Report on vaccination in Madras 1895-1903 - 1895-1903
Year: 1895
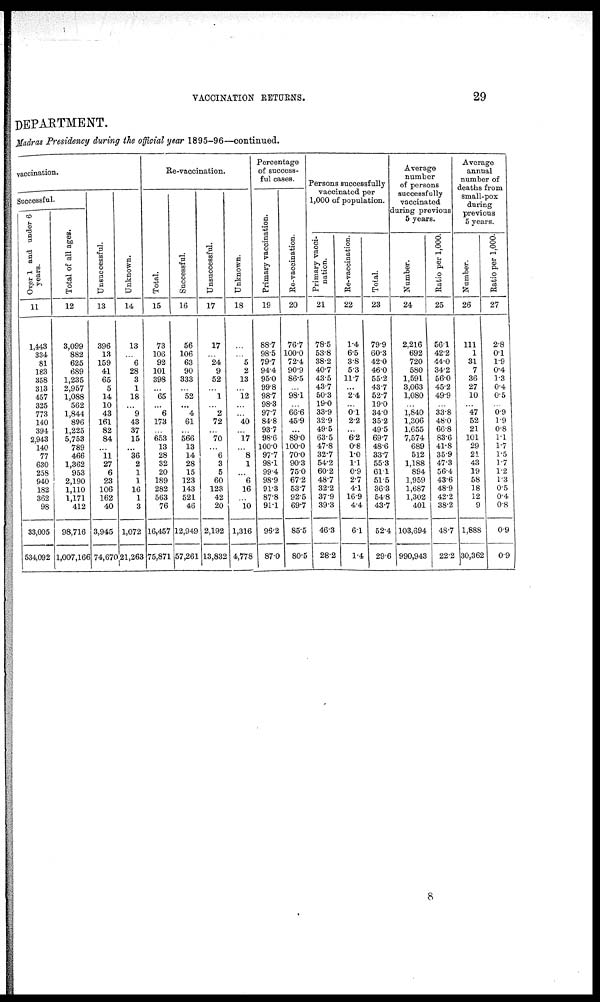
VACCINATION RETURNS.
29
DEPARTMENT.
Madras Presidency during the official year 1895-96—continued.
vaccination.
Successful.
Over 1 and under 6
years.
11
1,443
334
81
183
358
313
457
325
773
140
394
2,943
140
77
630
258
940
182
362
98
33,005
534,092
Total of all ages.
12
3,099
882
625
689
1,235
2,957
1,088
562
1,844
896
1,225
5,753
789
466
1,362
953
2,190
1,110
1,171
412
98,716
1,007,166
Unsuccessful.
13
396
13
159
41
65
5
14
10
43
161
82
84
...
11
27
6
23
106
162
40
3,945
74,670
Unknown.
14
13
...
6
28
3
1
18
...
9
43
37
15
...
36
2
1
1
16
1
3
1,072
21,263
Re-vaccination.
Total.
15
73
106
92
101
398
...
65
...
6
173
...
653
13
28
32
20
189
282
563
76
16,457
75,871
Successful.
16
56
106
63
90
333
...
52
...
4
61
...
566
13
14
28
15
123
143
521
46
12,949
57,261
Unsuccessful.
17
17
...
24
9
52
...
1
...
2
72
...
70
...
6
3
5
60
123
42
20
2,192
13,832
Unknown.
18
...
...
5
2
13
...
12
...
...
40
...
17
...
8
1
...
6
16
...
10
1,316
4,778
Percentage
of success-
ful cases.
Primary vaccination.
19
88.7
98.5
79.7
94.4
95.0
99.8
98.7
98.3
97.7
84.8
93.7
98.6
100.0
97.7
98.1
99.4
98.9
91.3
87.8
91.1
96.2
87.0
Re-vaccination.
20
76.7
100.0
72.4
90.9
86.5
...
98.1
...
66.6
45.9
...
89.0
100.0
70.0
90.3
75.0
67.2
53.7
92.5
69.7
85.5
80.5
Persons successfully
vaccinated per
1,000 of population.
Primary vacci-
nation.
21
78.5
53.8
38.2
40.7
43.5
43.7
50.3
19.0
33.9
32.9
49.5
63.5
47.8
32.7
54.2
60.2
48.7
32.2
37.9
39.3
46.3
28.2
Re-vaccination.
22
1.4
6.5
3.8
5.3
11.7
...
2.4
...
0.1
2.2
...
6.2
0.8
1.0
1.1
0.9
2.7
4.1
16.9
4.4
6.1
1.4
Total.
23
79.9
60.3
42.0
46.0
55.2
43.7
52.7
19.0
34.0
35.2
49.5
69.7
48.6
33.7
55.3
61.1
51.5
36.3
54.8
43.7
52.4
29.6
Average
number
of persons
successfully
vaccinated
during previous
5 years.
Number.
24
2,216
692
720
580
1,591
3,063
1,080
...
1,840
1,306
1,655
7,574
689
512
1,188
894
1,959
1,687
1,302
401
103,694
990,943
Ratio per 1,000.
25
56.1
42.2
44.0
34.2
56.0
45.2
49.9
...
33.8
48.0
66.8
83.6
41.8
35.9
47.3
56.4
43.6
48.9
42.2
38.2
48.7
22.2
Average
annual
number of
deaths from
small-pox
during
previous
5 years.
Number.
26
111
1
31
7
36
27
10
...
47
52
21
101
29
21
43
19
58
18
12
9
1,888
30,362
Ratio per 1,000.
27
2.8
0.1
1.9
0.4
1.3
0.4
0.5
...
0.9
1.9
0.8
1.1
1.7
1.5
1.7
1.2
1.3
0.5
0.4
0.8
0.9
0.9
8